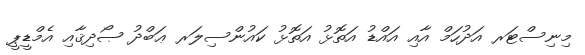
މިނިސްޓަރ އަދުހަމް އާއި އައްޑު އަތޮޅު އަތޮޅު ކައުންސިލަރ ޢަބްދު ޞޯދިޤާއި އެމްޑީޕީ